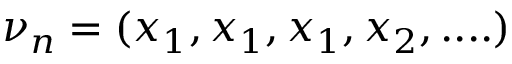
\nu _ { n } = ( x _ { 1 } , x _ { 1 } , x _ { 1 } , x _ { 2 } , . . . . )